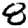
Digit: 8